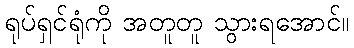
ရုပ်ရှင်ရုံကို အတူတူ သွားရအောင်။